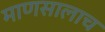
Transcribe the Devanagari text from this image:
माणसालाच